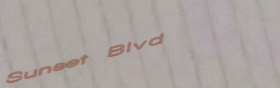
Sunset Blvd